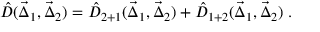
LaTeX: \hat { D } ( \vec { \Delta } _ { 1 } , \vec { \Delta } _ { 2 } ) = \hat { D } _ { 2 + 1 } ( \vec { \Delta } _ { 1 } , \vec { \Delta } _ { 2 } ) + \hat { D } _ { 1 + 2 } ( \vec { \Delta } _ { 1 } , \vec { \Delta } _ { 2 } ) \; .